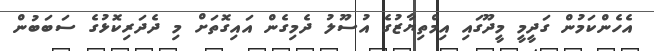
އެހެންކަމުން ގަދީމީ މީދޫގައި އިމްތިޔާޒުގެ އުސޫލު ދެމިގެން އައިގޮތަށް މި ދެދަރިކޮޅުގެ ސަބަބުން